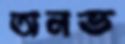
অনভ